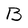
Character: B